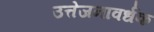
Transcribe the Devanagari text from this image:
उत्तेजनावर्धक